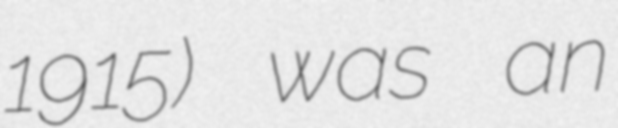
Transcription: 1915) was an